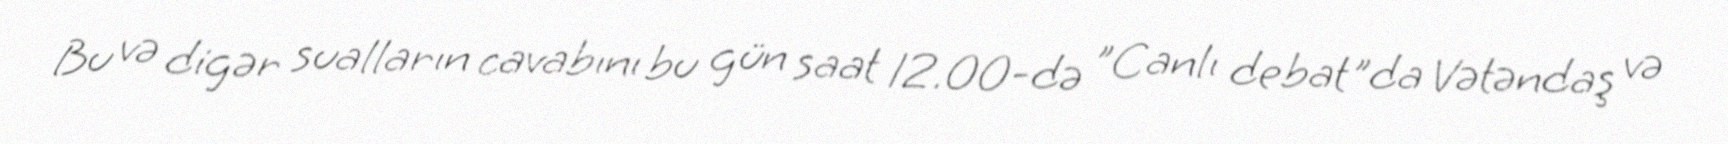
Bu və digər sualların cavabını bu gün saat 12.00-də "Canlı debat"da Vətəndaş və